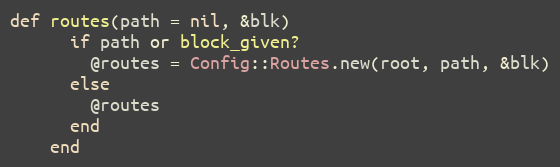
Language: Ruby
def routes(path = nil, &blk)
      if path or block_given?
        @routes = Config::Routes.new(root, path, &blk)
      else
        @routes
      end
    end